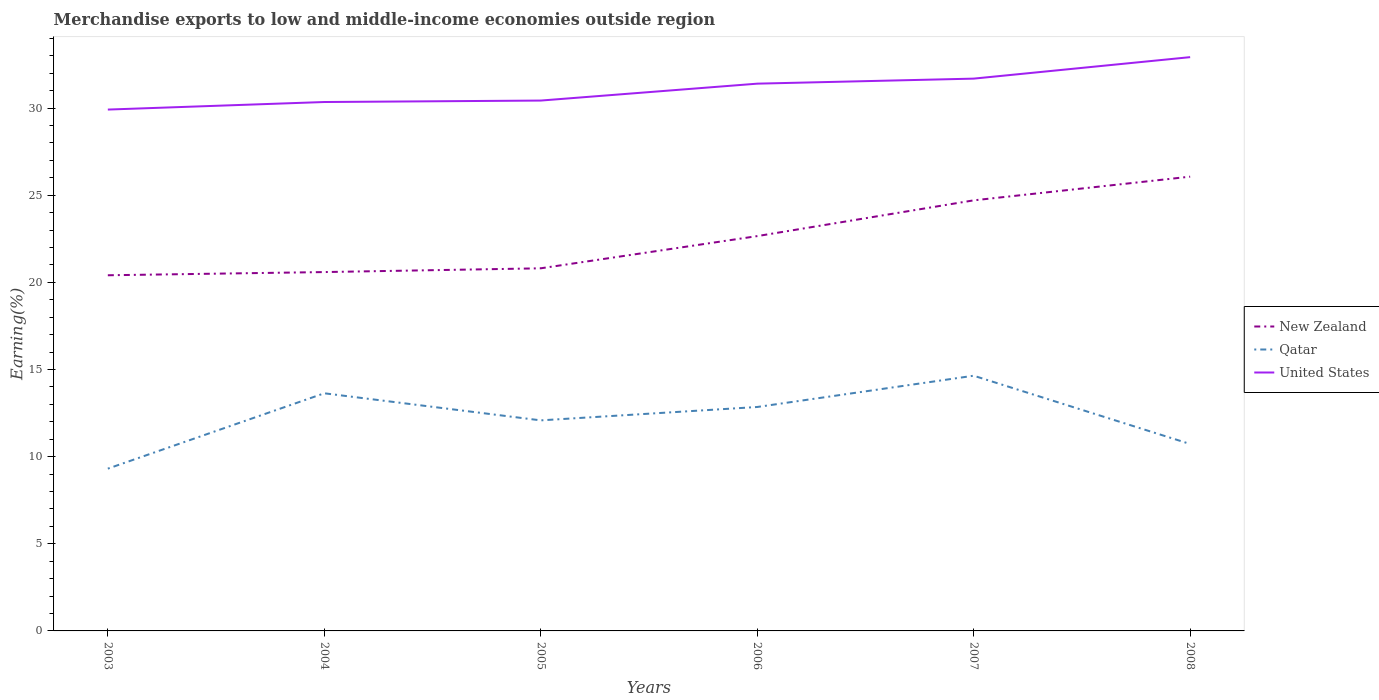
| Years | New Zealand | Qatar | United States |
 | --- | --- | --- | --- |
 | 2003 | 20.4 | 9.31 | 29.9 |
 | 2004 | 20.6 | 13.6 | 30.3 |
 | 2005 | 20.8 | 12.1 | 30.4 |
 | 2006 | 22.7 | 12.8 | 31.4 |
 | 2007 | 24.7 | 14.6 | 31.7 |
 | 2008 | 26.1 | 10.7 | 32.9 |